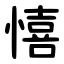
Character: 憘